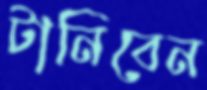
টানিবেন